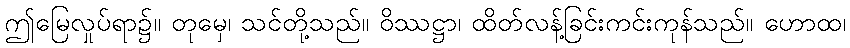
ဤမြေလှုပ်ရာ၌။ တုမှေ၊ သင်တို့သည်။ ဝိဿဋ္ဌာ၊ ထိတ်လန့်ခြင်းကင်းကုန်သည်။ ဟောထ၊